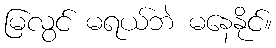
မြလွင် မရယ်ဘဲ မနေနိုင်။